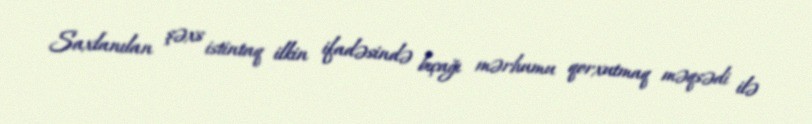
Saxlanılan şəxs istintaq ilkin ifadəsində bıçağı mərhumu qorxutmaq məqsədi ilə